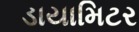
ડાયામિટર